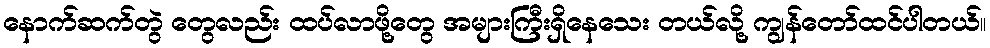
နောက်ဆက်တွဲ တွေလည်း ထပ်လာဖို့တွေ အများကြီးရှိနေသေး တယ်လို့ ကျွန်တော်ထင်ပါတယ်။